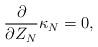
LaTeX: \begin{align*}\frac{\partial}{\partial Z_N} \kappa_N = 0,\end{align*}